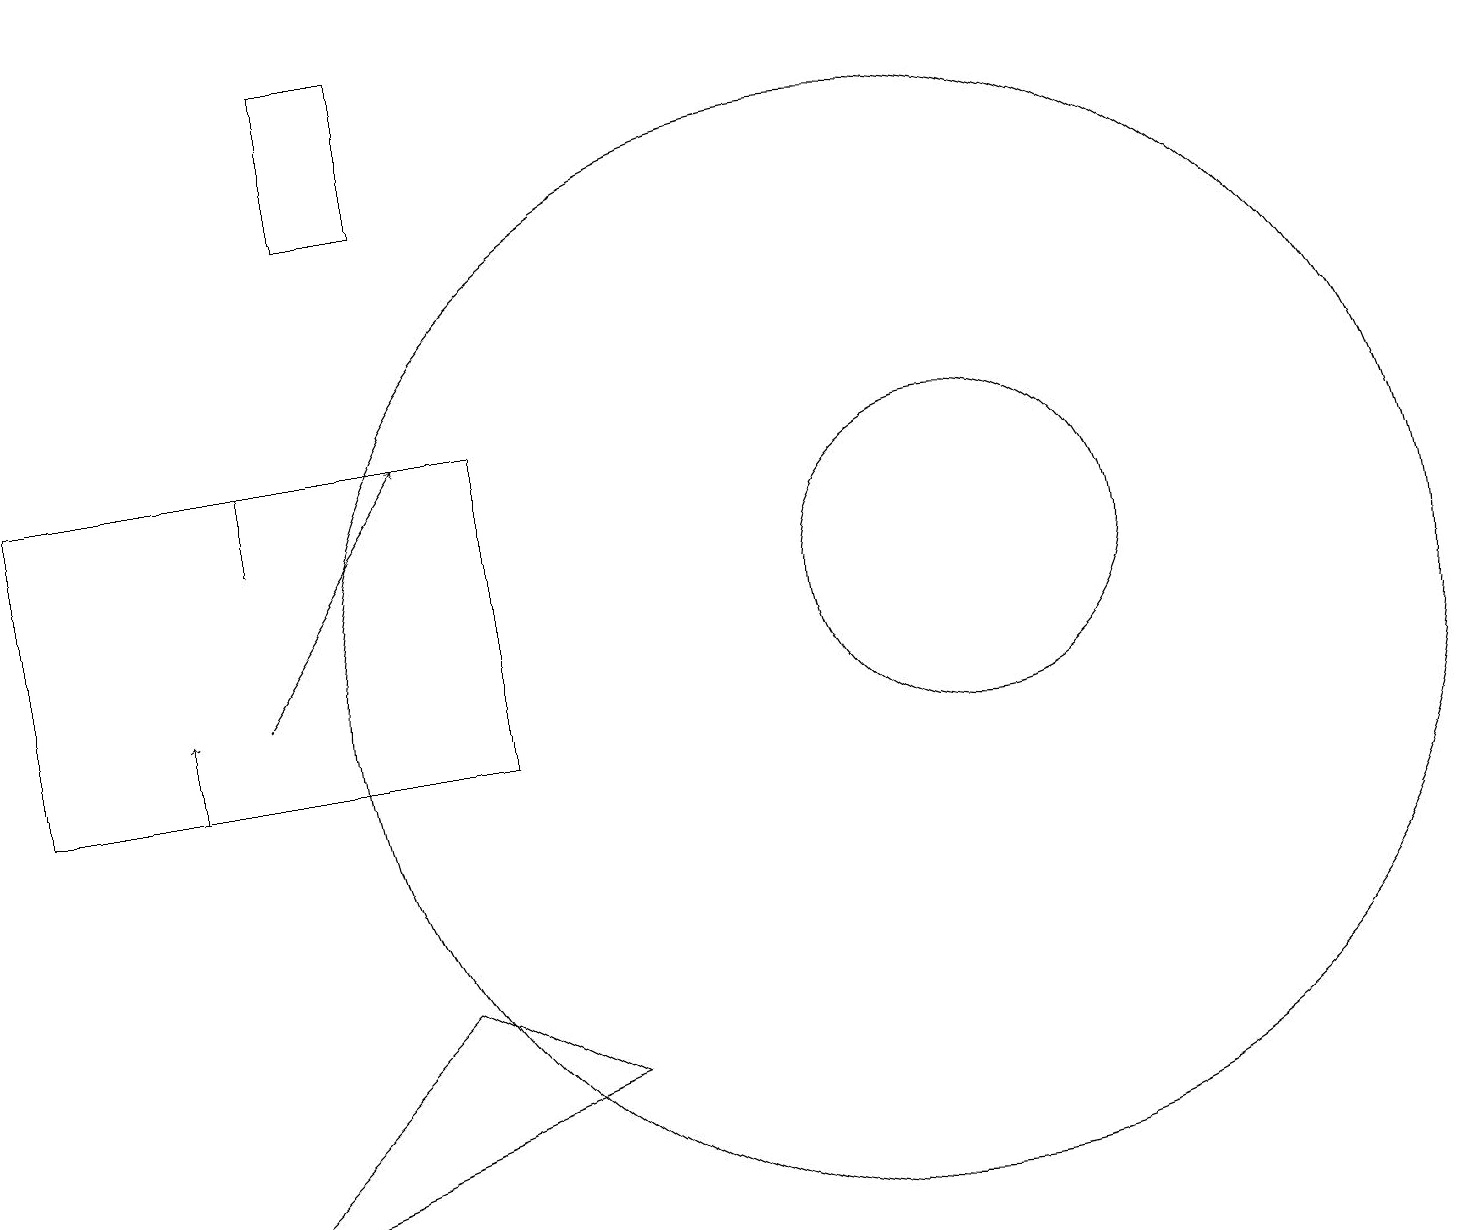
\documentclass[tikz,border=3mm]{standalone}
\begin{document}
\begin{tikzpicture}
\draw[->] (2,10) -- (2,11);
\draw (4,19) rectangle (5,17);
\draw (12,12) circle (2);
\draw (0,10) rectangle (6,14);
\draw[->] (3,11) -- (5,14);
\draw (7,6) -- (5,7) -- (2,4) -- cycle;
\draw (3,13) rectangle (3,14);
\draw (11,11) circle (7);
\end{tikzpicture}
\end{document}